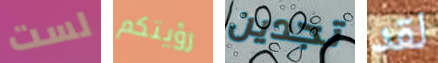
لست رؤيتكم تجدين لقد